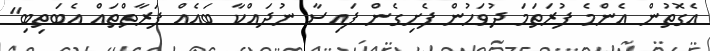
އެގޮތުން އެންމެ ފުރަތަމަ ދުވަހުން ފެށިގެން ފައިސާ ނުދައްކާ ބައެއް ފަރާތްތައް އެބަތިބި"